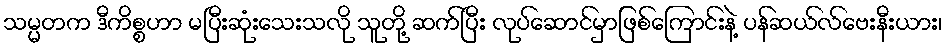
သမ္မတက ဒီကိစ္စဟာ မပြီးဆုံးသေးသလို သူတို့ ဆက်ပြီး လုပ်ဆောင်မှာဖြစ်ကြောင်းနဲ့ ပန်ဆယ်လ်ဗေးနီးယား၊